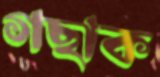
গছাক